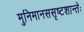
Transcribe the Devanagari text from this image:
मुनिमानससृष्टशान्तेः